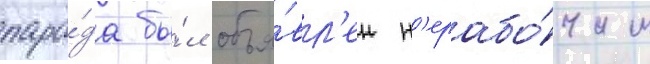
пара́да бы́л объя́вл'ен н'ерабо́чим